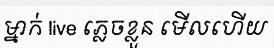
ម្នាក់ live ភ្លេចខ្លួន មើលហើយ